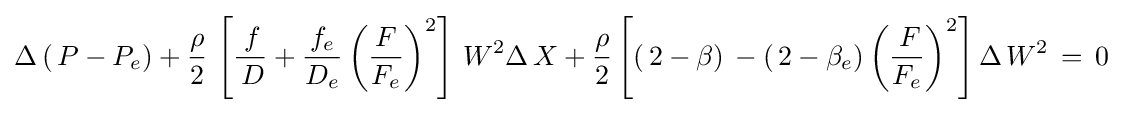
\Delta \left(\,P-P_{e}\right)+{\frac {\rho }{2}}\,\left[{\frac {\,f}{\,D}}+{\frac {f_{e}}{D_{e}}}\left({\frac {F}{F_{e}}}\right)^{2}\right]\,W^{2}\Delta \,X+{\frac {\rho }{2}}\left[\left(\,2-\beta \right)\,-\left(\,2-\beta _{e}\right)\left({\frac {\,F}{F_{e}}}\right)^{2}\right]\Delta \,W^{2}\,=\,0